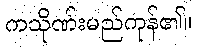
ကသိုဏ်းမည်ကုန်၏။